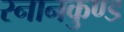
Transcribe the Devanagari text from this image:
स्‍नानकुण्‍ड